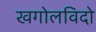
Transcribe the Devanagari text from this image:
खगोलविदो